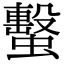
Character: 蟿